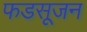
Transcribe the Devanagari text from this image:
फडसूजन